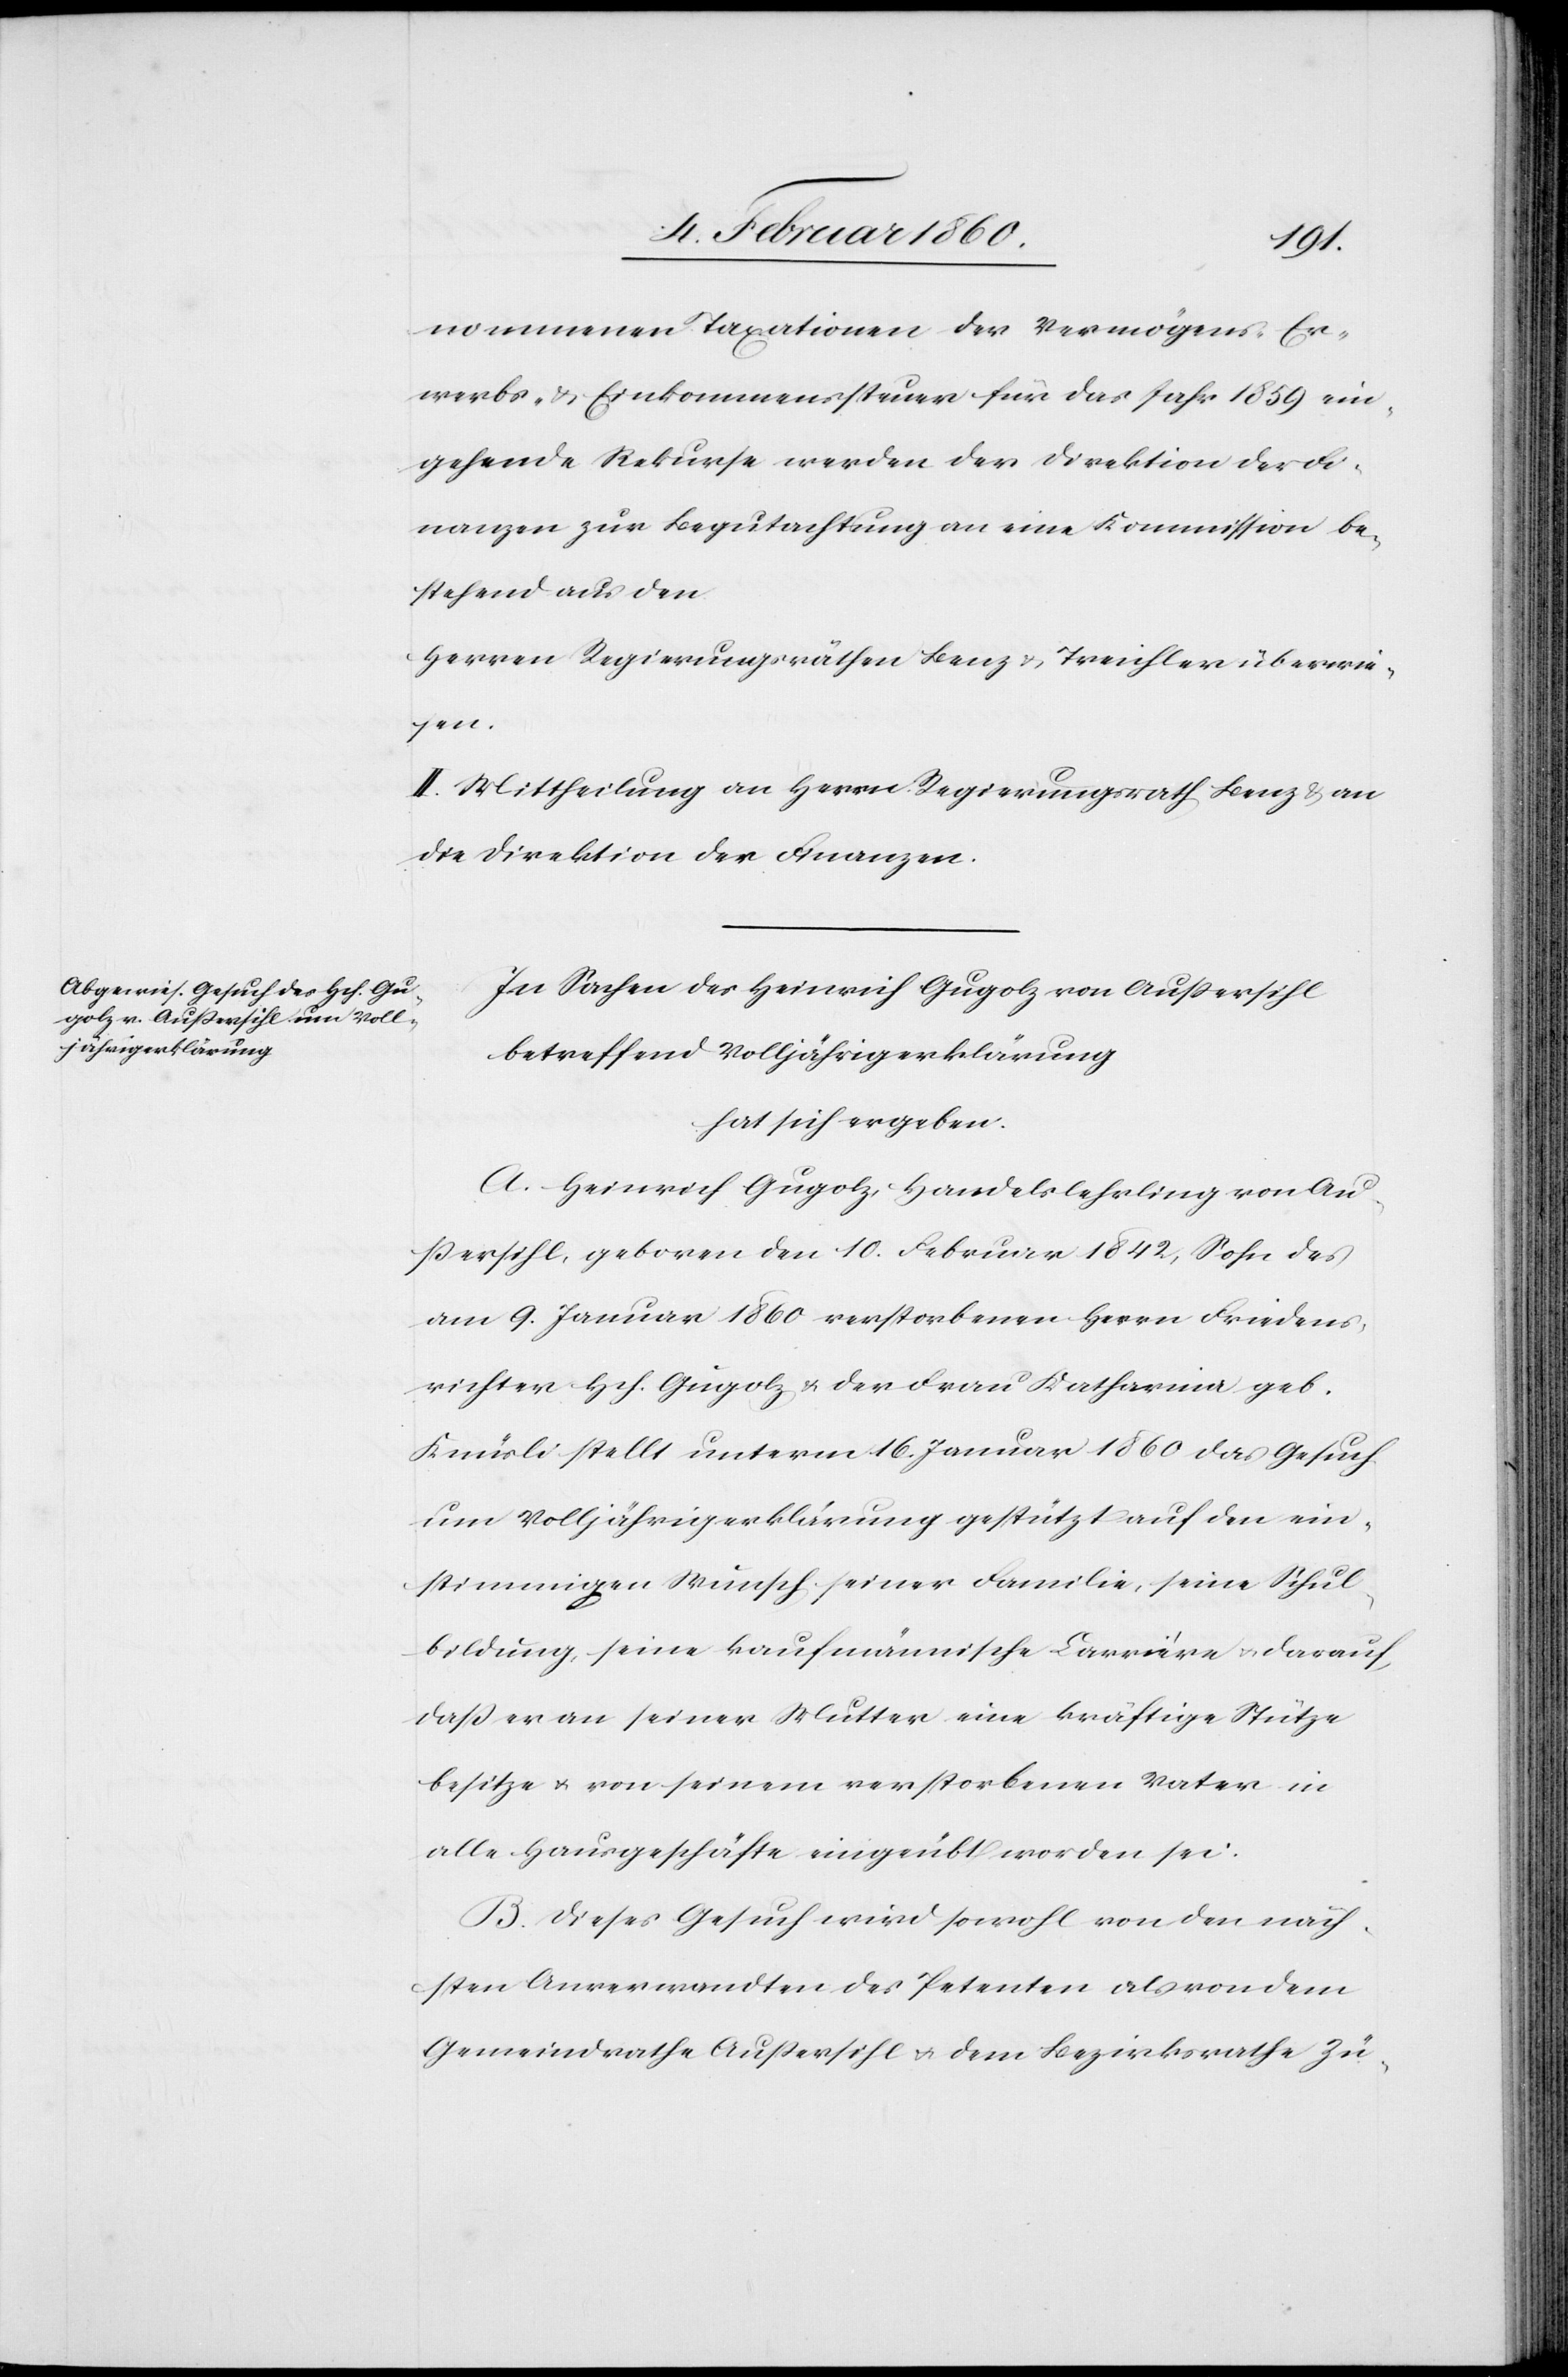
nommenen Taxationen der Vermögens- Er¬
werbs- u. Einkommenssteuer für das Jahr 1859 ein¬
gehende Rekurse werden der Direktion der Fi¬
nanzen zur Begutachten an eine Kommission be¬
stehend aus den
Herren Regierungsräthen Benz u. Treichler überwie¬
sen.
II. Mittheilung an Herrn Regierungsrath Benz u. an
die Direktion der Finanzen.
In Sachen des Heinrich Gugolz von Aussersihl
betreffend Volljährigerklärung
hat sich ergeben:
A. Heinrich Gugolz, Handelslehrling von Aus¬
sersihl, geboren den 10. Februar 1842, Sohn des
am 9. Januar 1860 verstorbenen Herrn Friedens¬
richter Hch. Gugolz u. der Frau Katharina geb.
Kmürli stellt unterm 16. Januar 1860 das Gesuch
um Volljährigkeitserklärung gestützt auf den ein¬
stimmigen Wunsch seiner Familie, seine Schul¬
bildung, seine kaufmännische Karriere u. darauf,
dass er an seiner Mutter eine kräftige Stütze
besitze u. von seinem verstorbenen Vater in
alle Hausgeschäfte eingeübt worden sei.
B. Dieses Gesuch wird sowohl von den näch¬
sten Anverwandten des Petenten als von dem
Gemeindrathe Aussersihl u. dem Bezirksrathe Zü-